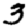
Digit: 3